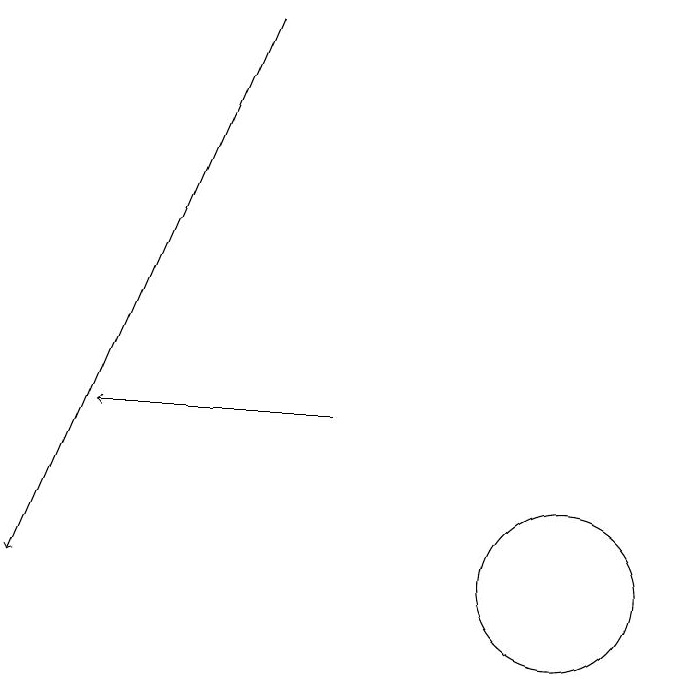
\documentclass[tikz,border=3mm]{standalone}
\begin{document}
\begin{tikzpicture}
\draw[->] (6,17) -- (3,10);
\draw (10,10) circle (1);
\draw[->] (7,12) -- (4,12);
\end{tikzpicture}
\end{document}